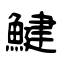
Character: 鰎